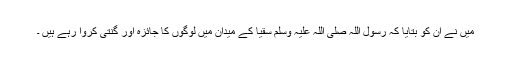
میں نے ان کو بتایا کہ رسول اللہ صلی اللہ علیہ وسلم سُقْیَا کے میدان میں لوگوں کا جائزہ اور گنتی کروا رہے ہیں ۔